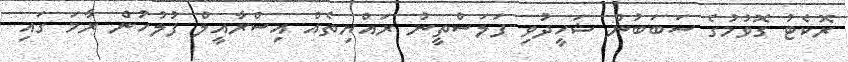
ރޮކެޓު ގޮވުމުގެ ސަބަބުން ޝަހީދުވި ފަލަސްތީނު ރައްޔިތެއް އިސްރާއީލް ފުލުހުން ރާމަ ގައި